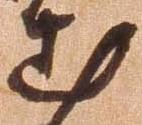
出